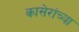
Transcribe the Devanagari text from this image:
कासेरांच्या